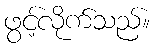
ဖွင့်လိုက်သည်။